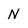
Character: n